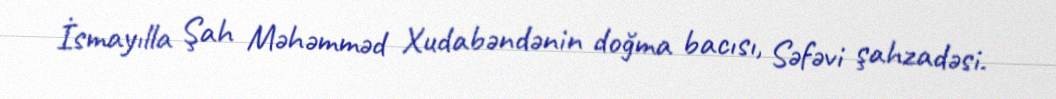
İsmayılla Şah Məhəmməd Xudabəndənin doğma bacısı, Səfəvi şahzadəsi.